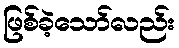
ဖြစ်ခဲ့သော်လည်း